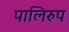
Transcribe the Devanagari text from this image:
पालिरुप